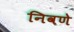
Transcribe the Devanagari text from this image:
निवणे